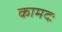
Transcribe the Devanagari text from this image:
कामदः